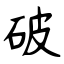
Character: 破